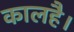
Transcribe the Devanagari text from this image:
कालहै।